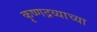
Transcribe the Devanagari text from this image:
कृष्णद्रव्याच्या